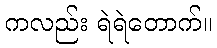
ကလည်း ရဲရဲတောက်။